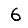
Digit: 6